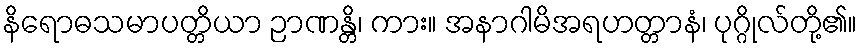
နိရောဓသမာပတ္တိယာ ဉာဏန္တိ၊ ကား။ အနာဂါမိအရဟတ္တာနံ၊ ပုဂ္ဂိုလ်တို့၏။